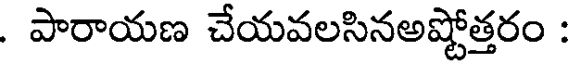
. పారాయణ చేయవలసినఅష్టోత్తరం :